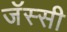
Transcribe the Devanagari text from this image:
जॅस्सी